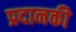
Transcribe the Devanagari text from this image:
प्रदानकी